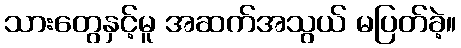
သားတွေနှင့်မူ အဆက်အသွယ် မပြတ်ခဲ့။